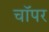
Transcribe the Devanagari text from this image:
चाॅपर